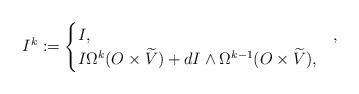
\begin{align*} I^k := \begin{cases} I, & , \\ I \Omega^k (O\times \widetilde{V}) + dI \wedge \Omega^{k-1} (O\times \widetilde{V}), & \end{cases}\end{align*}